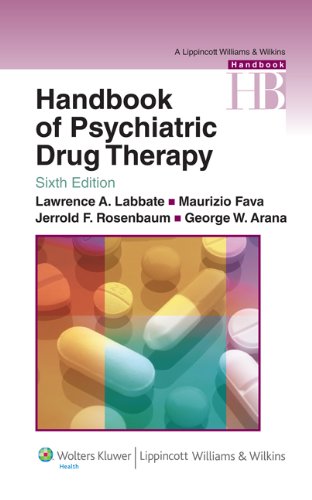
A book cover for Handbook of Psychiatric Drug Therapy (Lippincott Williams & Wilkins Handbook Series); Lawrence A. Labbate MD; Medical Books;